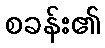
စခန်း၏